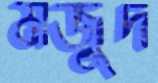
মজুদ